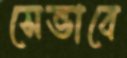
সেভাবে